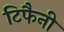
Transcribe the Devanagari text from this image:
टिफैनी